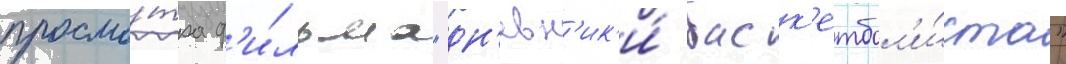
просмо́тра ф'и́льма "дн'евн'ик'и́ баск'етбол'и́ста"